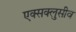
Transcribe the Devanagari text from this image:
एक्सक्लुसीव